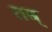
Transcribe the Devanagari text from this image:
तब्